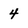
Character: 4